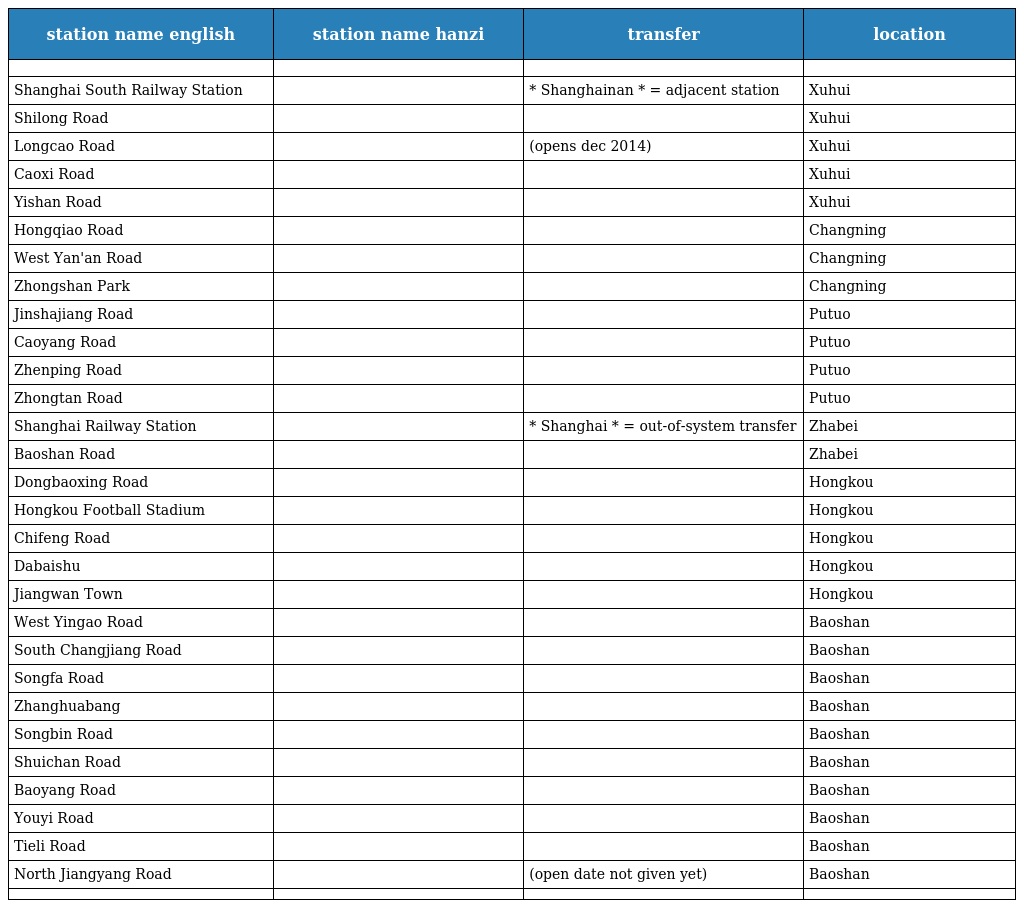
| station name english | station name hanzi | transfer | location |
 | --- | --- | --- | --- |
 |  |  |  |  |
 | Shanghai South Railway Station | 上海南站 | * Shanghainan * = adjacent station | Xuhui |
 | Shilong Road | 石龙路 |  | Xuhui |
 | Longcao Road | 龙漕路 | (opens dec 2014) | Xuhui |
 | Caoxi Road | 漕溪路 |  | Xuhui |
 | Yishan Road | 宜山路 |  | Xuhui |
 | Hongqiao Road | 虹桥路 |  | Changning |
 | West Yan'an Road | 延安西路 |  | Changning |
 | Zhongshan Park | 中山公园 |  | Changning |
 | Jinshajiang Road | 金沙江路 |  | Putuo |
 | Caoyang Road | 曹杨路 |  | Putuo |
 | Zhenping Road | 镇坪路 |  | Putuo |
 | Zhongtan Road | 中潭路 |  | Putuo |
 | Shanghai Railway Station | 上海火车站 | * Shanghai * = out-of-system transfer | Zhabei |
 | Baoshan Road | 宝山路 |  | Zhabei |
 | Dongbaoxing Road | 东宝兴路 |  | Hongkou |
 | Hongkou Football Stadium | 虹口足球场 |  | Hongkou |
 | Chifeng Road | 赤峰路 |  | Hongkou |
 | Dabaishu | 大柏树 |  | Hongkou |
 | Jiangwan Town | 江湾镇 |  | Hongkou |
 | West Yingao Road | 殷高西路 |  | Baoshan |
 | South Changjiang Road | 长江南路 |  | Baoshan |
 | Songfa Road | 淞发路 |  | Baoshan |
 | Zhanghuabang | 张华浜 |  | Baoshan |
 | Songbin Road | 淞滨路 |  | Baoshan |
 | Shuichan Road | 水产路 |  | Baoshan |
 | Baoyang Road | 宝杨路 |  | Baoshan |
 | Youyi Road | 友谊路 |  | Baoshan |
 | Tieli Road | 铁力路 |  | Baoshan |
 | North Jiangyang Road | 江杨北路 | (open date not given yet) | Baoshan |
 |  |  |  |  |